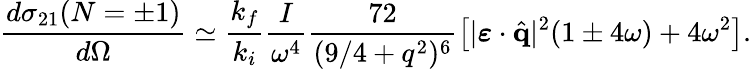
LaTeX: \frac{d{\sigma}_{21}(N=\pm 1)}{d\Omega}\simeq\frac{k_{f}}{k_{i}}\frac{I}{\omega^{4}}\frac{72}{(9/4+q^{2})^{6}}\left[|\boldsymbol{\varepsilon}\cdot\hat{\mathbf{q}}|^{2}(1\pm 4\omega)+4\omega^{2}\right].